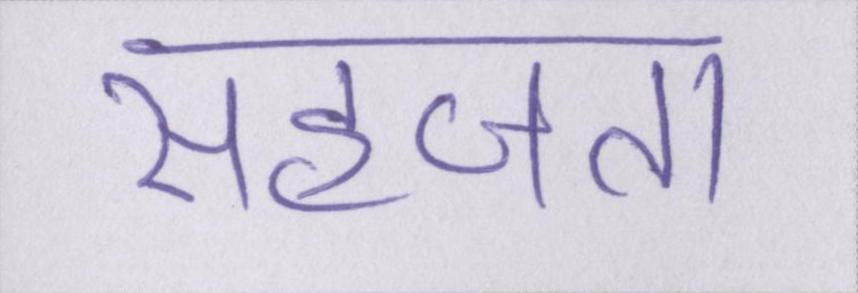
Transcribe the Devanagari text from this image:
सहजता